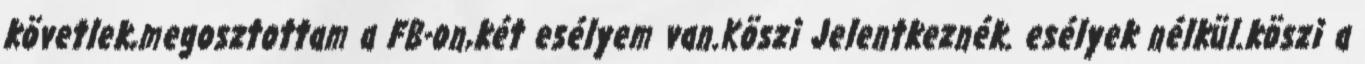
követlek,megosztottam a FB-on,két esélyem van.Köszi Jelentkeznék. esélyek nélkül.köszi a